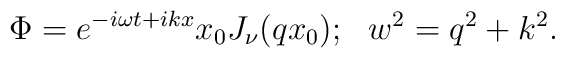
\Phi = e^{-i\omega t+i k x} x_0 J_{\nu}(qx_0); \ \ w^2=q^2+k^2.